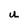
Character: y